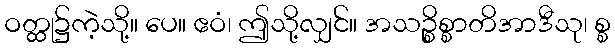
ဝတ္ထု၌ကဲ့သို့။ ပေ။ ဧဝံ၊ ဤသို့လျှင်။ အသဉ္စိစ္စာတိအာဒီသု၊ စ္စ